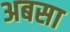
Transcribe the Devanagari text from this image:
अबसा